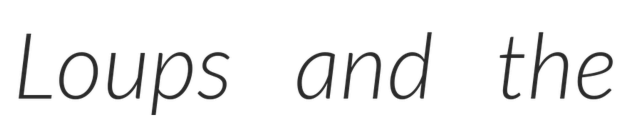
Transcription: Loups and the